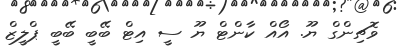
ވޮޗިންގް ޔޫ. އޯއް ކާންޓް ޔޫ ސީ އިޓް ބޭބީ ބޭބީ ޕްލީޒް